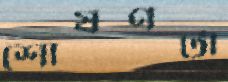
শোষণটা